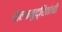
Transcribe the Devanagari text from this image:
दोलामुद्रितांची